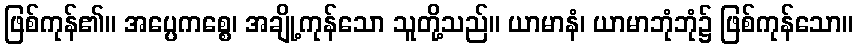
ဖြစ်ကုန်၏။ အပ္ပေကစ္စေ၊ အချို့ကုန်သော သူတို့သည်။ ယာမာနံ၊ ယာမာဘုံဘုံ၌ ဖြစ်ကုန်သော။